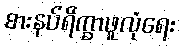
စားနပ်ရိက္ခာဖူလုံရေး